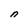
Character: n